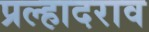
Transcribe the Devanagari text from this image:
प्रल्हादराव